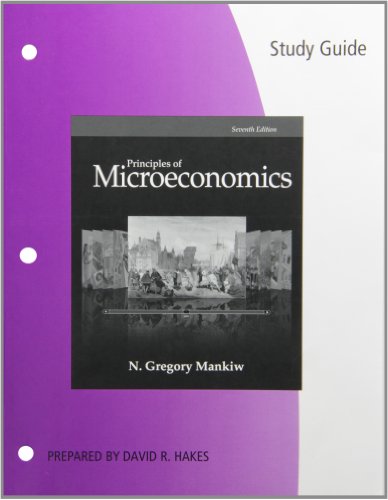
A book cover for Study Guide for Mankiw's Principles of Microeconomics, 7th; N. Gregory Mankiw; Business & Money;